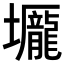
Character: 𡓺